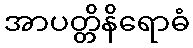
အာပတ္တိနိရောဓံ